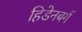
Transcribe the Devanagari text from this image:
हिडेनबर्ग